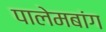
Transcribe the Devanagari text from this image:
पालेमबांग